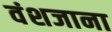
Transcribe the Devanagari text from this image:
वंशजाना